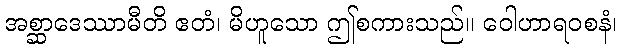
အစ္ဆာဒေဿာမီတိ ဧတံ၊ မိဟူသော ဤစကားသည်။ ဝေါဟာရဝစနံ၊